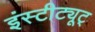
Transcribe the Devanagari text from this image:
इंस्टीट्यूट्